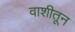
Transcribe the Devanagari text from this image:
वाशीतून